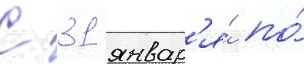
С 31 январ'я́ по́